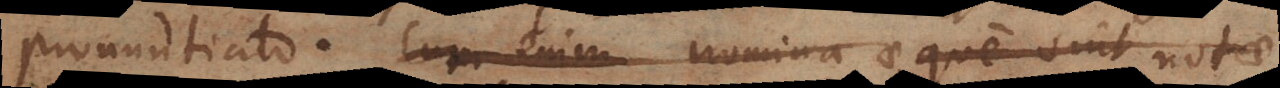
pronuntiato. Cum enim nomina aeque sint notae